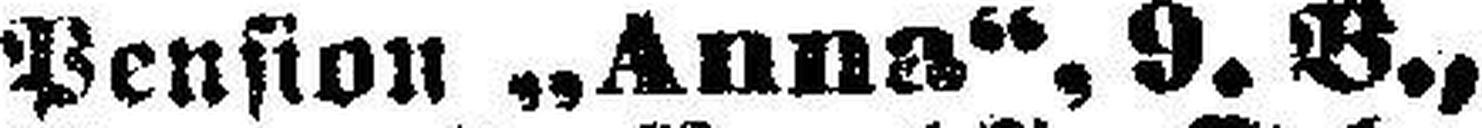
Pension „Anna“, 9. B.,